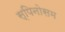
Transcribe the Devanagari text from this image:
स्पिनोसम